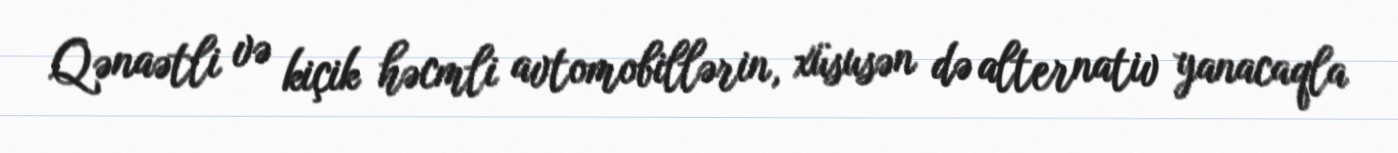
Qənaətli və kiçik həcmli avtomobillərin, xüsusən də alternativ yanacaqla